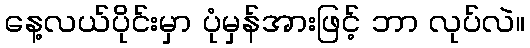
နေ့လယ်ပိုင်းမှာ ပုံမှန်အားဖြင့် ဘာ လုပ်လဲ။